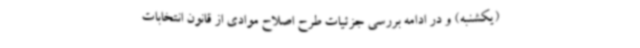
(یکشنبه) و در ادامه بررسی جزئیات طرح اصلاح موادی از قانون انتخابات